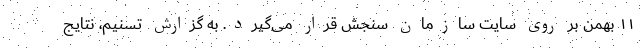
۱۱ بهمن بر روی سایت سازمان سنجش قرار می‌گیرد. به گزارش تسنیم، نتایج